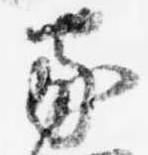
家